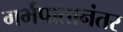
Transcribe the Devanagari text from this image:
गर्भपातानंतर